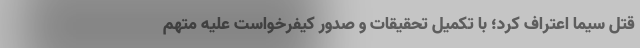
قتل سیما اعتراف کرد؛ با تکمیل تحقیقات و صدور کیفرخواست علیه متهم